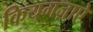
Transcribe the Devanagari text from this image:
कियगज़ाएे